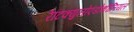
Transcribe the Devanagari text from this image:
रेटिक्युलोएंडोथीलियल